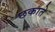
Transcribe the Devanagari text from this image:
छकाते